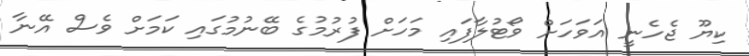
ކިޔޫ ޖެހެނީ އަވަހަށް ވޯޓުލާފައި މަހަށް ފުރުމުގެ ބޭނުމުގައި ކަމަށް ވެސް އޭނާ